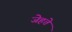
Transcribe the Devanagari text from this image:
जेहते